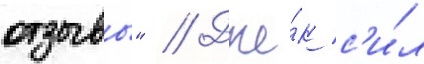
отзывы" // Дже́к с'и́л